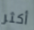
أكثر